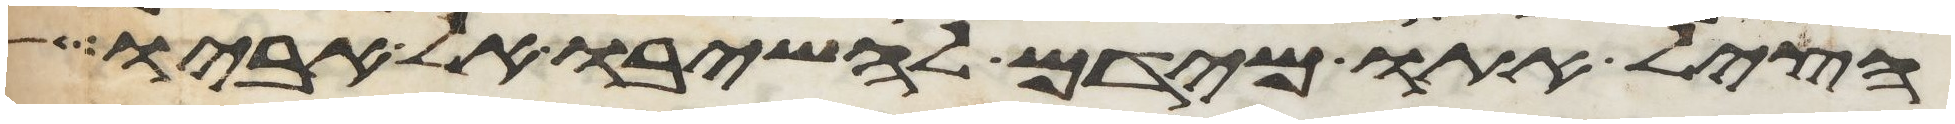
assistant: הציל אתו מידם להשיבו אל אביו